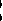
1